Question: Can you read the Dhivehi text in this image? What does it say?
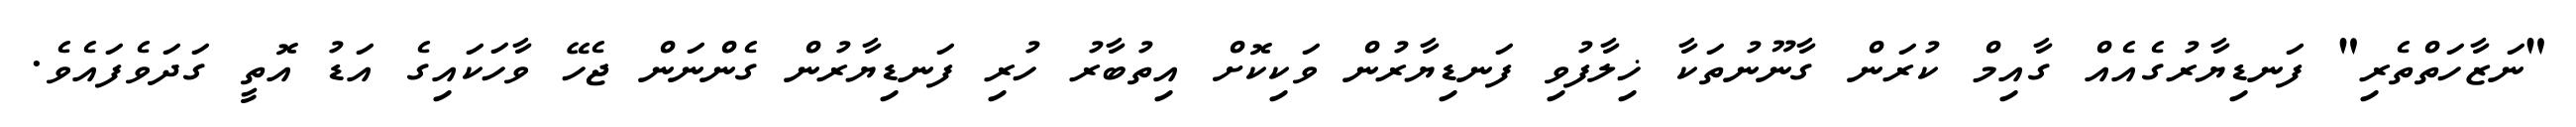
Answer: "ނަޒާހަތްތެރި" ފަނޑިޔާރުގެއެއް ގާއިމް ކުރަން ގާނޫނުތަކާ ޚިލާފުވި ފަނޑިޔާރުން ވަކިކޮށް އިތުބާރު ހުރި ފަނޑިޔާރުން ގެންނަން ޖެހޭ ވާހަކައިގެ އަޑު އޮތީ ގަދަވެފައެވެ.